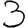
Digit: 3